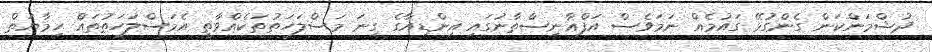
ދުޝްމަންކަން ގެންގުޅޭ ގައުމެއް ނަމަވެސް އަފްޣާނިސްތާނުގައި އިންޑިއާގެ ގިނަ މަސްލަހަތުތަކެއްވާތީ އެމަސްލަހަތުތައް ހިމާޔަތް